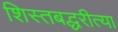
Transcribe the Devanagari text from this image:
शिस्तबद्धरीत्या